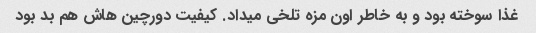
غذا سوخته بود و به خاطر اون مزه تلخی میداد. کیفیت دورچین هاش هم بد بود